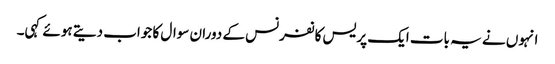
انہوں نے یہ بات ایک پریس کانفرنس کے دوران سوال کا جواب دیتے ہوئے کہی۔